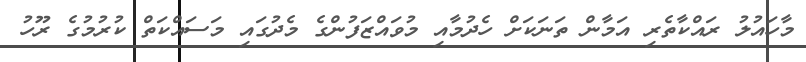
މާހައުލު ރައްކާތެރި އަމާން ތަނަކަށް ހެދުމާއި މުވައްޒަފުންގެ މެދުގައި މަސައްކަތް ކުރުމުގެ ރޫހު